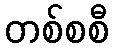
တစ်စစီ